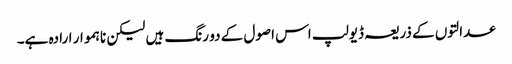
عدالتوں کے ذریعہ ڈیولپ اس اصول کے دو رنگ ہیں لیکن ناہموار ارادہ ہے۔